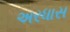
અરધાસ